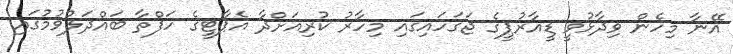
އޭނާ މިހެން ވިދާޅުވީ ޑީއާރުޕީގެ ޖަގަހައިގައި މިހާރު ކުރިއަށްދާ އެޕާޓީގެ ހަފްތާ ބައްދަލުވުމުގައި